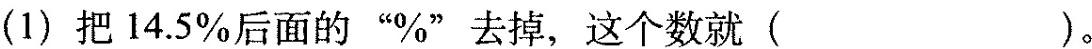
(1)把14.5\%后面的”\%”去掉，这个数就( )。